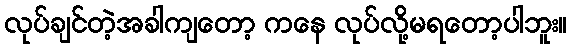
လုပ်ချင်တဲ့အခါကျတော့ ကနေ လုပ်လို့မရတော့ပါဘူး။